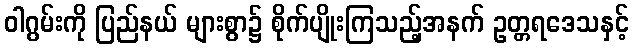
ဝါဂွမ်းကို ပြည်နယ် များစွာ၌ စိုက်ပျိုးကြသည့်အနက် ဥတ္တရဒေသနှင့်